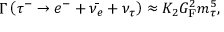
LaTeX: \Gamma \left( \tau ^ { - } \rightarrow e ^ { - } + { \bar { \nu _ { e } } } + \nu _ { \tau } \right) \approx K _ { 2 } G _ { \mathrm { F } } ^ { 2 } m _ { \tau } ^ { 5 } ,